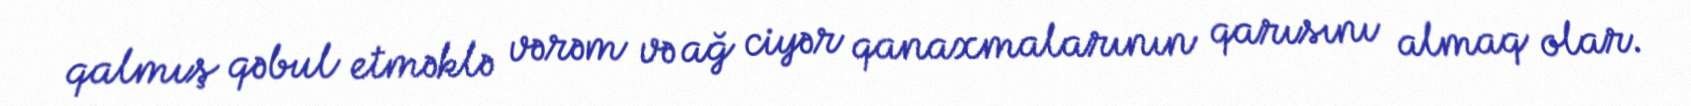
qalmış qəbul etməklə vərəm və ağ ciyər qanaxmalarının qarısını almaq olar.